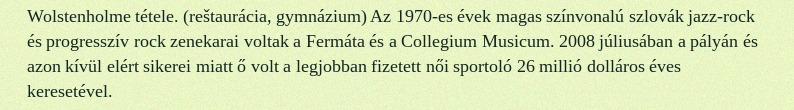
Wolstenholme tétele. (reštaurácia, gymnázium) Az 1970-es évek magas színvonalú szlovák jazz-rock és progresszív rock zenekarai voltak a Fermáta és a Collegium Musicum. 2008 júliusában a pályán és azon kívül elért sikerei miatt ő volt a legjobban fizetett női sportoló 26 millió dolláros éves keresetével.